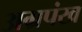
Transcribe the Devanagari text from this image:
अग्रपंख